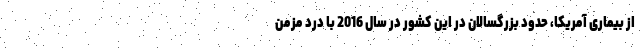
از بیماری آمریکا، حدود بزرگسالان در این کشور در سال 2016 با درد مزمن